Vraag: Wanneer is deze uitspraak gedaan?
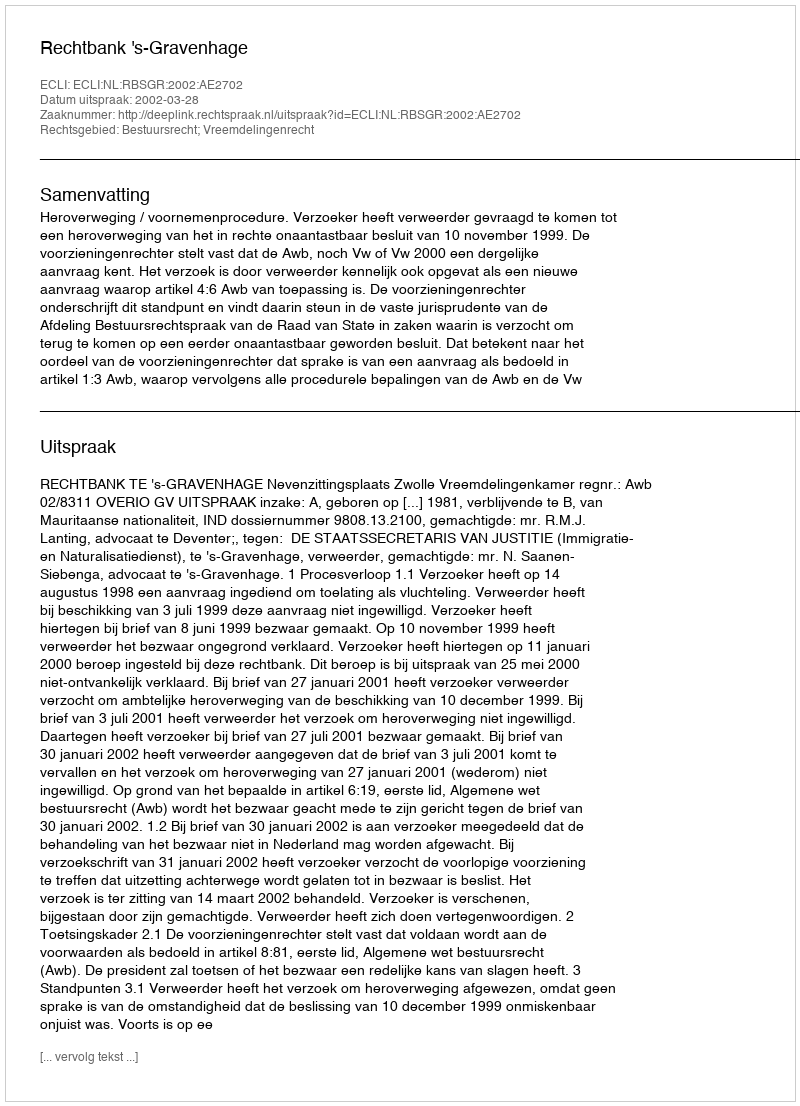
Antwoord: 2002-03-28